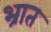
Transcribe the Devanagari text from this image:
भ्रात